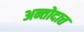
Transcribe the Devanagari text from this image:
अन्तोदात्त